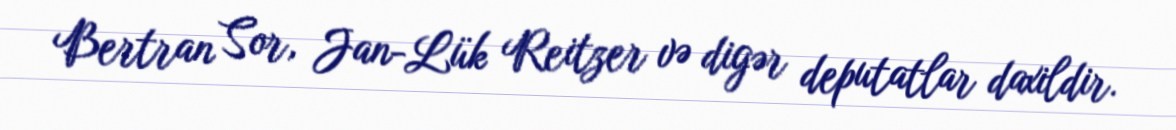
Bertran Sor, Jan-Lük Reitzer və digər deputatlar daxildir.